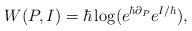
LaTeX: \begin{align*} W(P, I) = \hbar \log (e^{\hbar \partial_P}e^{I/\hbar}),\end{align*}